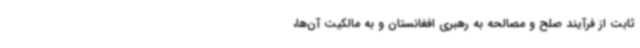
ثابت‌ از فرآیند صلح و مصالحه به رهبری افغانستان و به مالکیت آن‌ها،